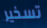
تسخير